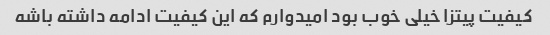
کیفیت پیتزا خیلی خوب بود امیدوارم که این کیفیت ادامه داشته باشه